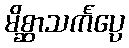
မိစ္ဆာသင်္ကပ္ပေ